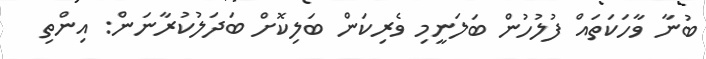
ބުނާ ވާހަކަތައް ފުުލުހުން ބަލަނީމި ވެރިކަން ބަލިކޮށް ބަދަލުކުރާނަން: އިންތި